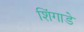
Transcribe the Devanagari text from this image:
शिंगाडे